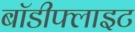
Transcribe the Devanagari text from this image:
बॉडीफ्लाइट